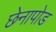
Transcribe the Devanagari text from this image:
छेनापोड